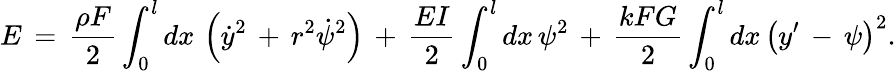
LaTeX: E\, =\, \frac{\rho F}{2}\int_{0}^{l}dx\, \left(\dot{y}^{2}\, +\, r^{2}\dot{\psi}^{2}\right)\, +\, \frac{EI}{2}\int_{0}^{l}dx\, \psi^{2}\, +\, \frac{kFG}{2}\int_{0}^{l}dx\, \left(y^{\prime}\, -\, \psi\right)^{2}.